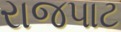
રાજપાટ